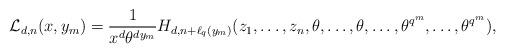
LaTeX: \begin{align*}\mathcal{L}_{d,n}(x,y_m)=\frac{1}{x^d\theta^{dy_m}}H_{d,n+\ell_q(y_m)}(z_1,\dots,z_n,\theta,\dots,\theta,\dots,\theta^{q^m},\dots,\theta^{q^m}),\end{align*}